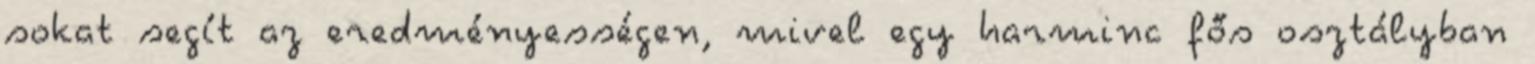
sokat segít az eredményességen, mivel egy harminc fős osztályban